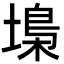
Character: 𡏭